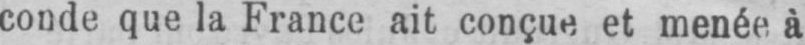
conde que la France ait conçue et menée à